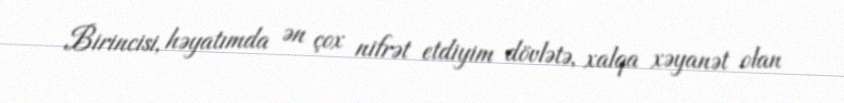
Birincisi, həyatımda ən çox nifrət etdiyim dövlətə, xalqa xəyanət olan